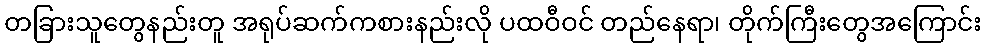
တခြားသူတွေနည်းတူ အရုပ်ဆက်ကစားနည်းလို ပထဝီဝင် တည်နေရာ၊ တိုက်ကြီးတွေအကြောင်း